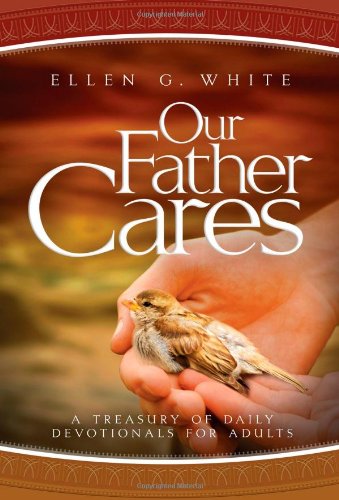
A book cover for Our Father Cares: A Daily Devotional; Ellen Gould Harmon White; Christian Books & Bibles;